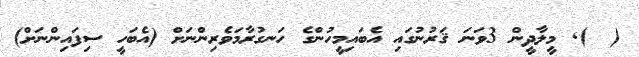
(  )